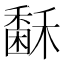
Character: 𥢖